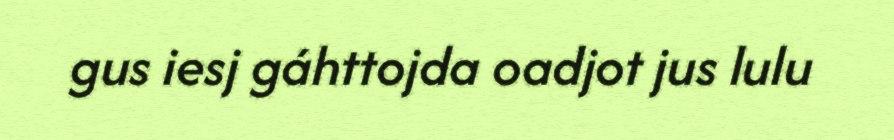
gus iesj gáhttojda oadjot jus lulu